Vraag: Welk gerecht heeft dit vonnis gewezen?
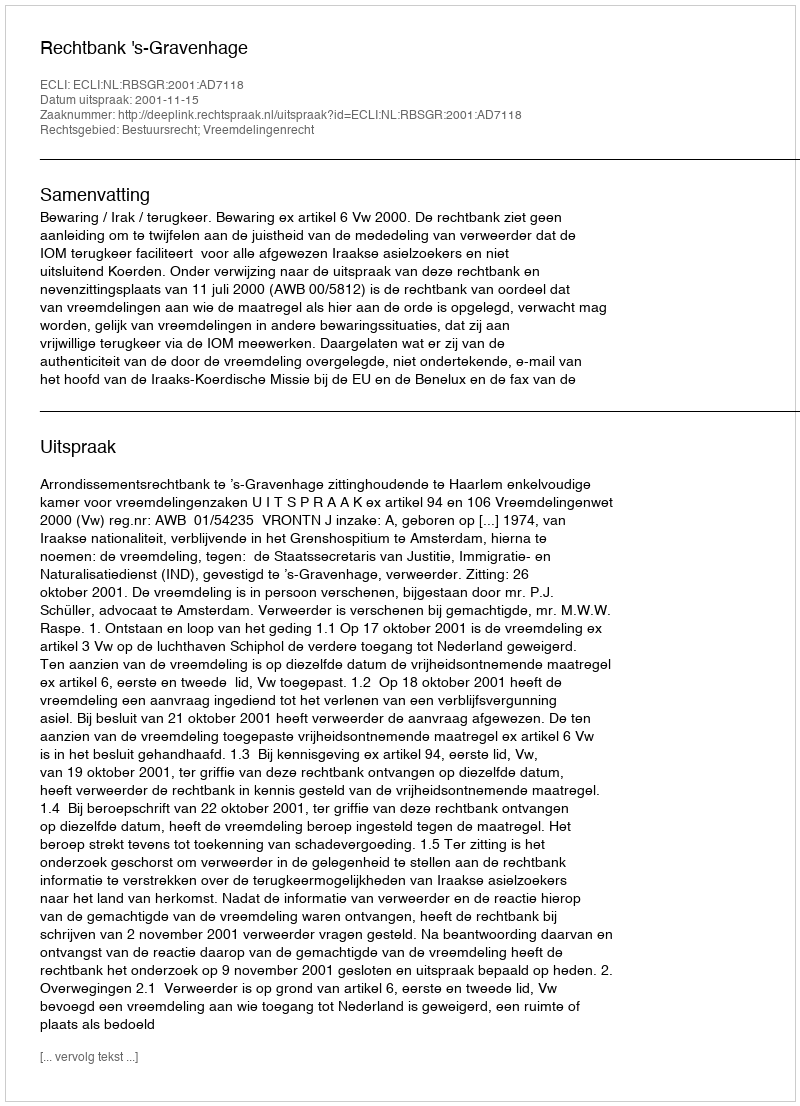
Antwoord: Rechtbank 's-Gravenhage